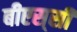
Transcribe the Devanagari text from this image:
बीएस्‌सी